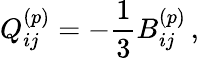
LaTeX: Q_{ij}^{(p)}=-\frac{1}{3}B_{ij}^{(p)}\, ,